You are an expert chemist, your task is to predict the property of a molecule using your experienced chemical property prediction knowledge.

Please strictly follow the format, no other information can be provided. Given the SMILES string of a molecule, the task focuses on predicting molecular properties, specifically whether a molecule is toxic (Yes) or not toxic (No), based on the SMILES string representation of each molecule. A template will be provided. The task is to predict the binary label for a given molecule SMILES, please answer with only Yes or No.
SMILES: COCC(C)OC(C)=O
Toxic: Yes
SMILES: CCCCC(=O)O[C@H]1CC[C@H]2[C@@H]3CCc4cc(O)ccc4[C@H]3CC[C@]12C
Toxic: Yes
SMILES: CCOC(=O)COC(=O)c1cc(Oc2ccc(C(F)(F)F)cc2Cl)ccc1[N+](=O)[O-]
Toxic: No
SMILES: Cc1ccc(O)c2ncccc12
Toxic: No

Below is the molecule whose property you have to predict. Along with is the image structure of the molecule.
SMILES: O=C(C(Cl)Cl)N1CCOC12CCCCC2
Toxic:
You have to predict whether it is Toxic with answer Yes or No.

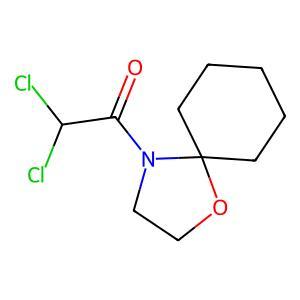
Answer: No